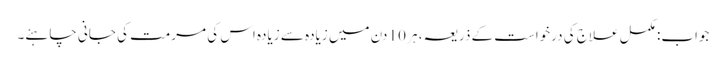
جواب: مکمل علاج کی درخواست کے ذریعہ ، ہر 10 دن میں زیادہ سے زیادہ اس کی مرمت کی جانی چاہئے۔